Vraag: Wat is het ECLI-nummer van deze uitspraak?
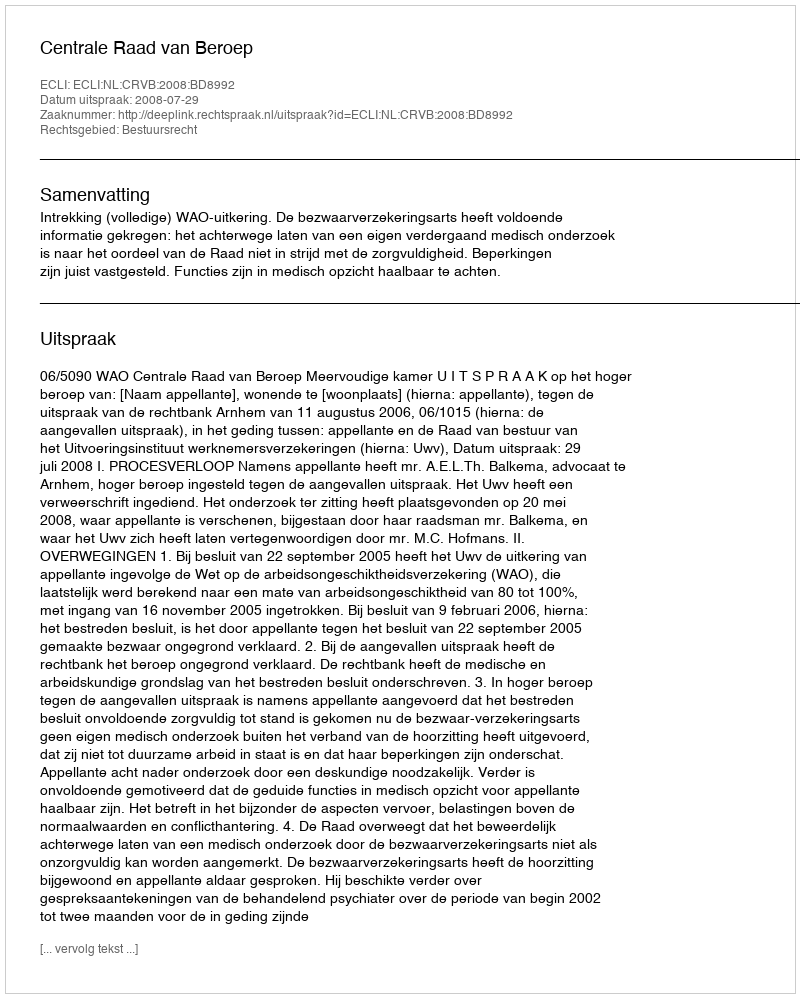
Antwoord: ECLI:NL:CRVB:2008:BD8992